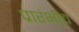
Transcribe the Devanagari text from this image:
प्रारंभीच